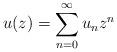
LaTeX: \begin{align*}u(z) & =\sum_{n=0}^{\infty}u_{n}z^{n}\end{align*}